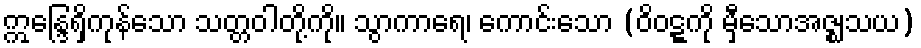
ဣန္ဒြေရှိကုန်သော သတ္တဝါတို့ကို။ သွာကာရေ၊ ကောင်းသော (ဝိဝဋ္ဋကို မှီသောအဇ္ဈသယ)